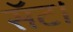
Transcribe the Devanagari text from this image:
सॅट।